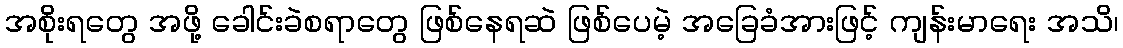
အစိုးရတွေ အဖို့ ခေါင်းခဲစရာတွေ ဖြစ်နေရဆဲ ဖြစ်ပေမဲ့ အခြေခံအားဖြင့် ကျန်းမာရေး အသိ၊